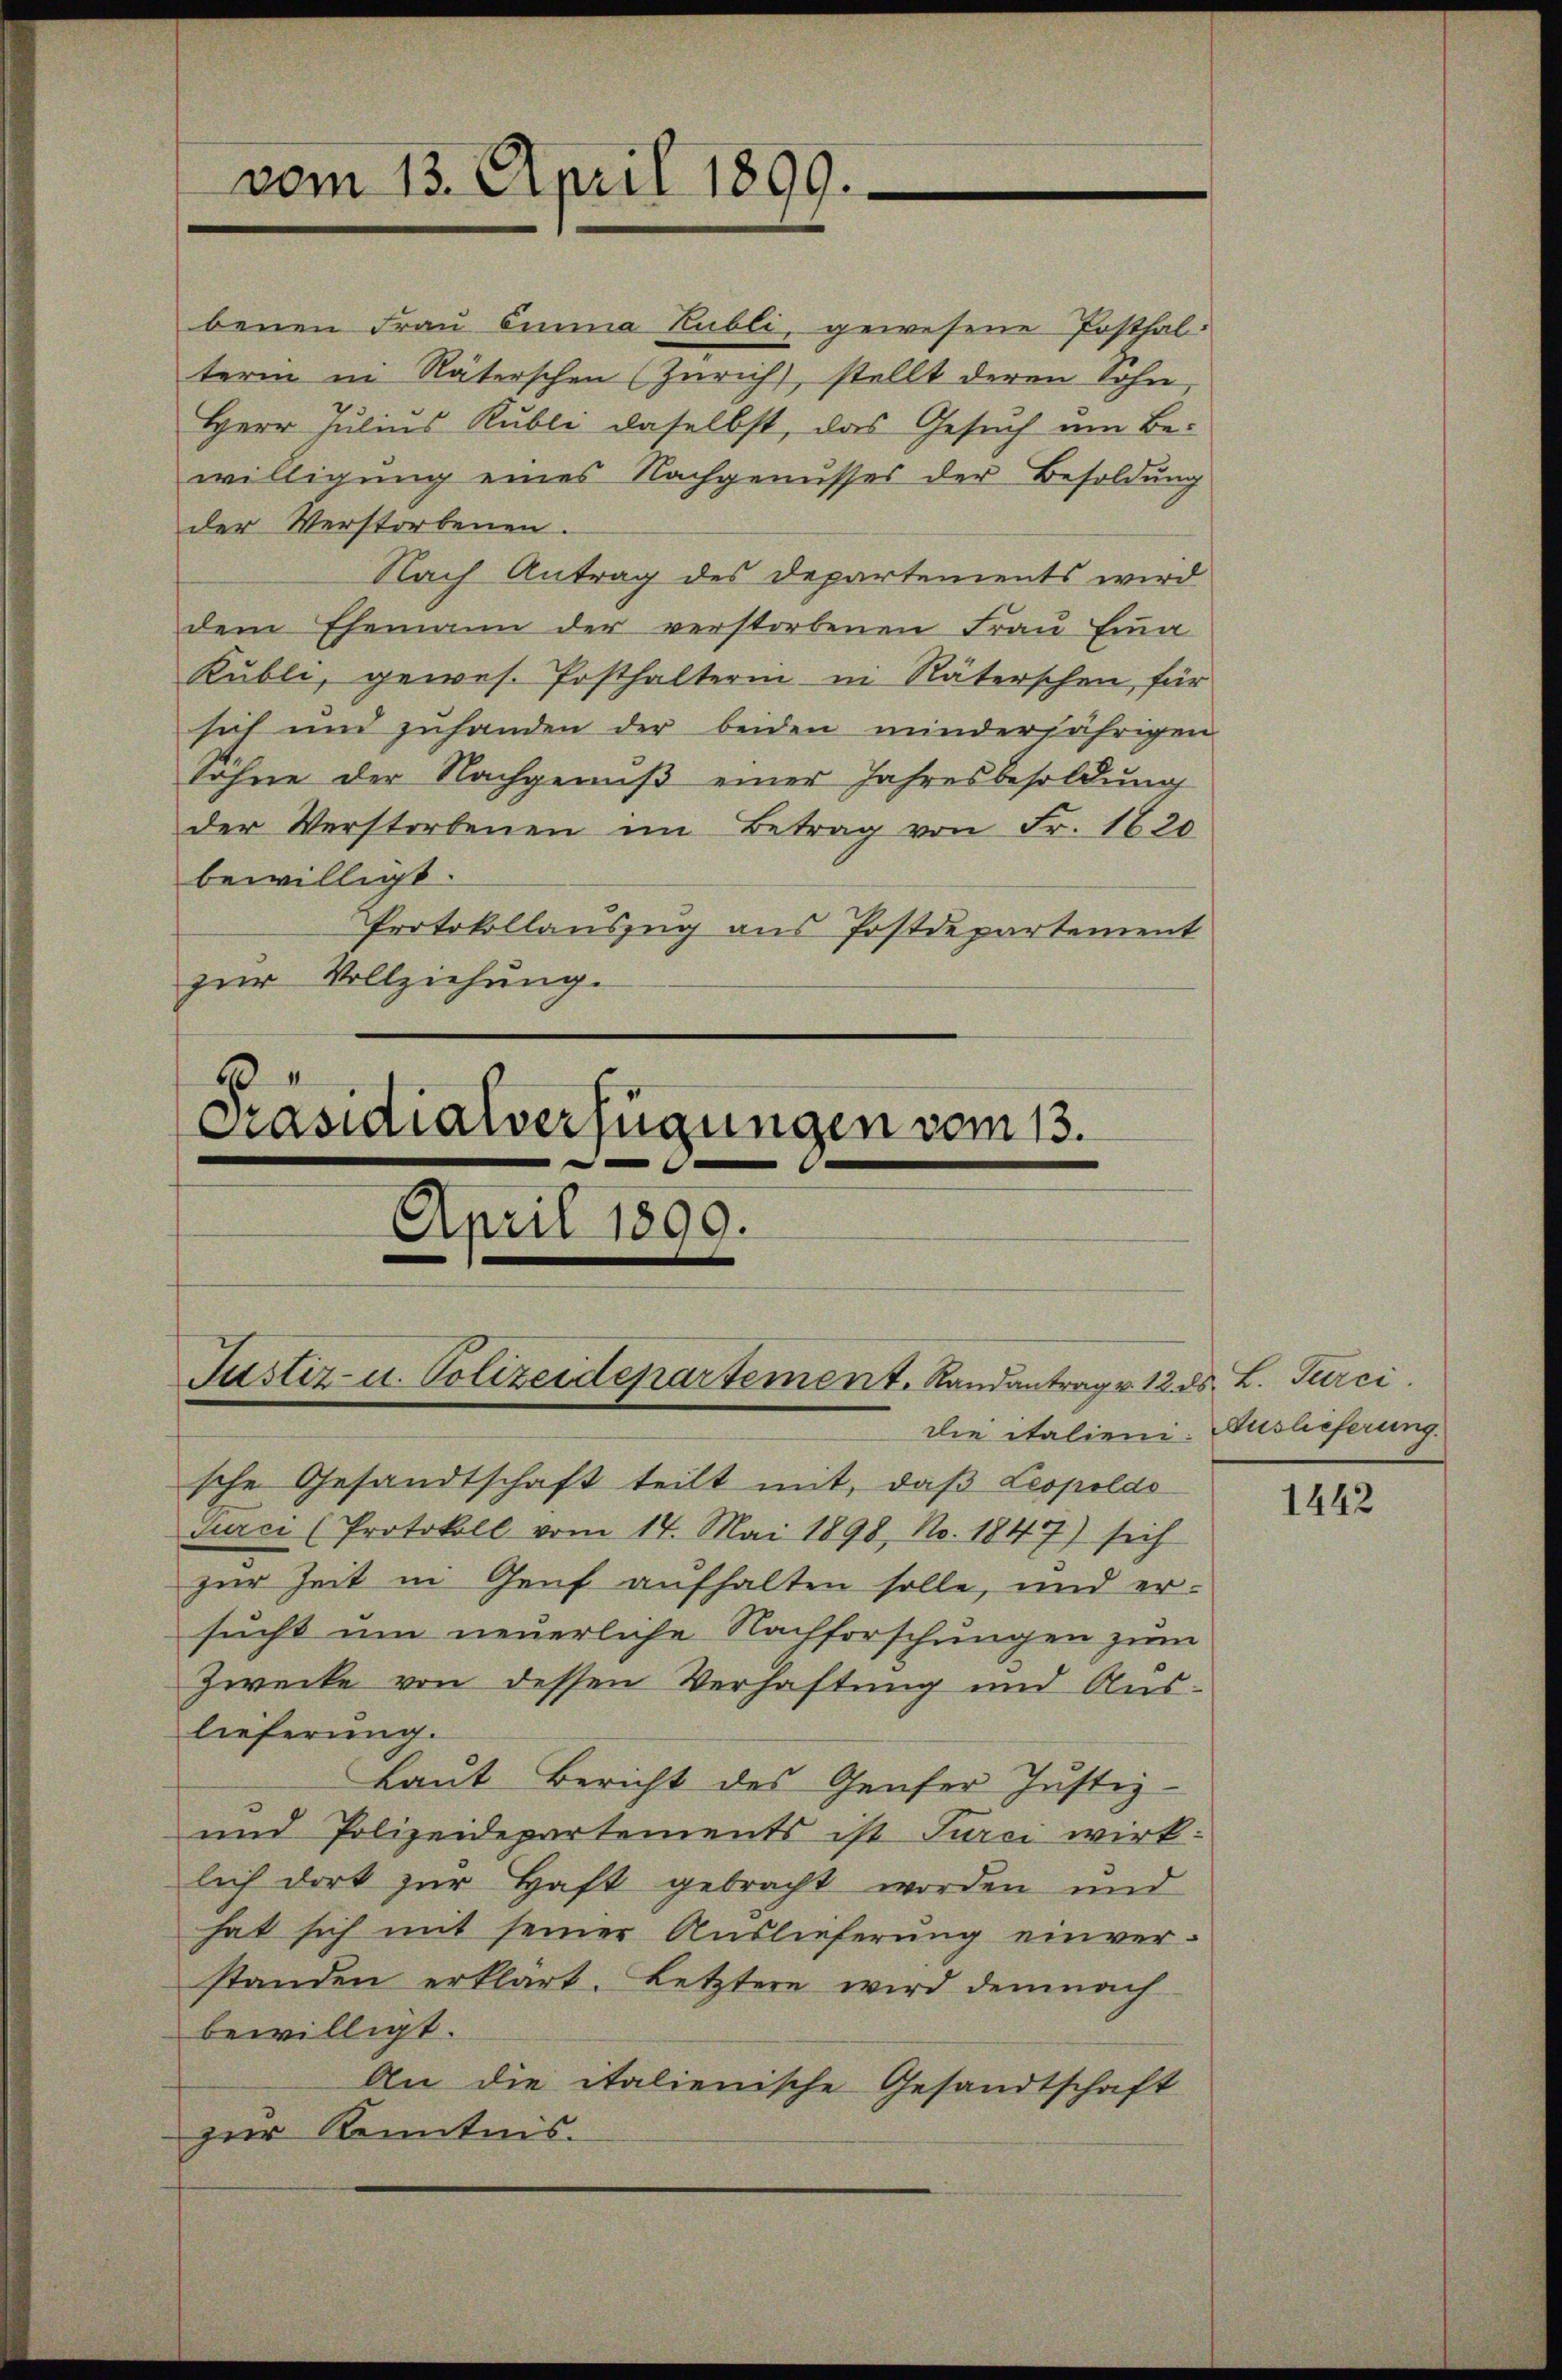
vom 13. April 1899.

2
Präsidialverfügungen vom 13.
April 1899.
Justiz- u. Polizeidepartement. Randantrag v. 12.

benen Frau Emma Rübli, gewesene Posthalterm in Räterschen (Zürich, stellt deren Sohn,
Herr Julius Kubli daselbst, das Gesuch um Bewilligung eines Nachgenusses der Besoldung
der Verstorbenen.
Nach Antrag des Departements wird
dem Ehemann der verstorbenen Frau Eina
Kubli, gewes. Posthalterin in Räterschen, für
sich und zuhanden der beiden minderjährigen
sohne der Nachgenuß einer Jahresbesoldung
der Verstorbenen im Betrag von Fr. 1620
bewilligt.
Protokollauszug aus Postdepartement
zur Vollziehung.

sche Gesandtschaft teilt mit, daß Leopolds
Jurci (Protokoll vom 14. Mai 1898, No. 1847) sich
zur Zeit in Genf aufhalten solle, und er-
sucht um neuerliche Nachforschungen zum
Zwecke von dessen Verhaftung und Auslieferung.
Laut Bericht des Genfer Justiz-
und Polizeidepartements ist Turci wirk-
lich dort zŭr Haft gebracht worden und
hat sich mit seiner Auslieferung einver-
standen erklärt. Letztere wird demnach
bewilligt.
An die italienische Gesandtschaft
zur Kenntnis.

d. L. Turci
die italieni: Auslieferung.

1442